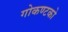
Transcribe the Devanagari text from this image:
गोकण्टको